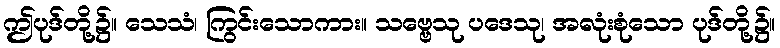
ဤပုဒ်တို့၌။ သေသံ၊ ကြွင်းသောကား။ သဗ္ဗေသု ပဒေသု၊ အလုံးစုံသော ပုဒ်တို့၌။